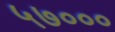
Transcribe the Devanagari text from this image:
५७०००